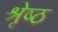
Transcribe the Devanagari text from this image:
श्रृेष्ठ